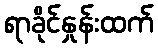
ရာခိုင်နှုန်းထက်